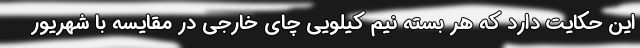
این حکایت دارد که هر بسته نیم کیلویی چای خارجی در مقایسه با شهریور